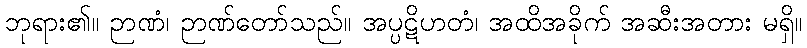
ဘုရား၏။ ဉာဏံ၊ ဉာဏ်တော်သည်။ အပ္ပဋိဟတံ၊ အထိအခိုက် အဆီးအတား မရှိ။